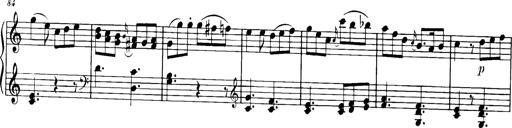
Title: Sonatine in C
Composer: Anton Eberl
Key: C major